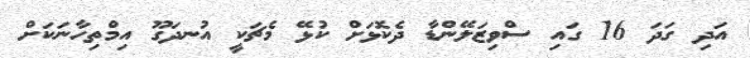
އަދި ގަދަ 16 ގައި ސްވިޒަލޭންޑާ ދެކޮޅަށް ކުޅޭ މެޗަކީ އުނދަގޫ އިމްތިހާނަކަށް